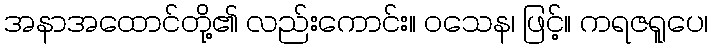
အနာအထောင်တို့၏ လည်းကောင်း။ ဝသေန၊ ဖြင့်။ ကရဇရူပေ၊